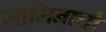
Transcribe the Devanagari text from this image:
जामिनाची